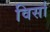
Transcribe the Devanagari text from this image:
विर्सा